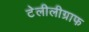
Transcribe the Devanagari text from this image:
टेलीलीग्राफ